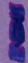
ই